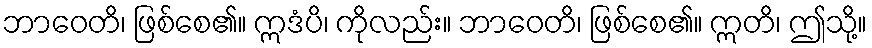
ဘာဝေတိ၊ ဖြစ်စေ၏။ ဣဒံပိ၊ ကိုလည်း။ ဘာဝေတိ၊ ဖြစ်စေ၏။ ဣတိ၊ ဤသို့။